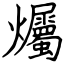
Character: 爥